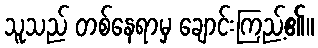
သူသည် တစ်နေရာမှ ချောင်းကြည့်၏။